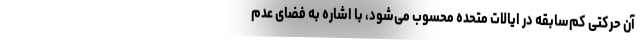
آن حرکتی کم‌سابقه در ایالات متحده محسوب می‌شود، با اشاره به فضای عدم